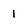
Character: 1